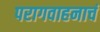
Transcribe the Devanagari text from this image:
परागवाहनाचं